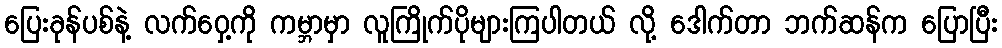
ပြေးခုန်ပစ်နဲ့ လက်ဝှေ့ကို ကမ္ဘာမှာ လူကြိုက်ပိုများကြပါတယ် လို့ ဒေါက်တာ ဘက်ဆန်က ပြောပြီး